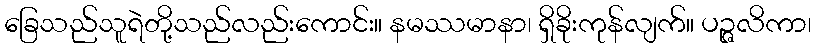
ခြေသည်သူရဲတို့သည်လည်းကောင်း။ နမဿမာနာ၊ ရှိခိုးကုန်လျက်။ ပဉ္ဇလိကာ၊